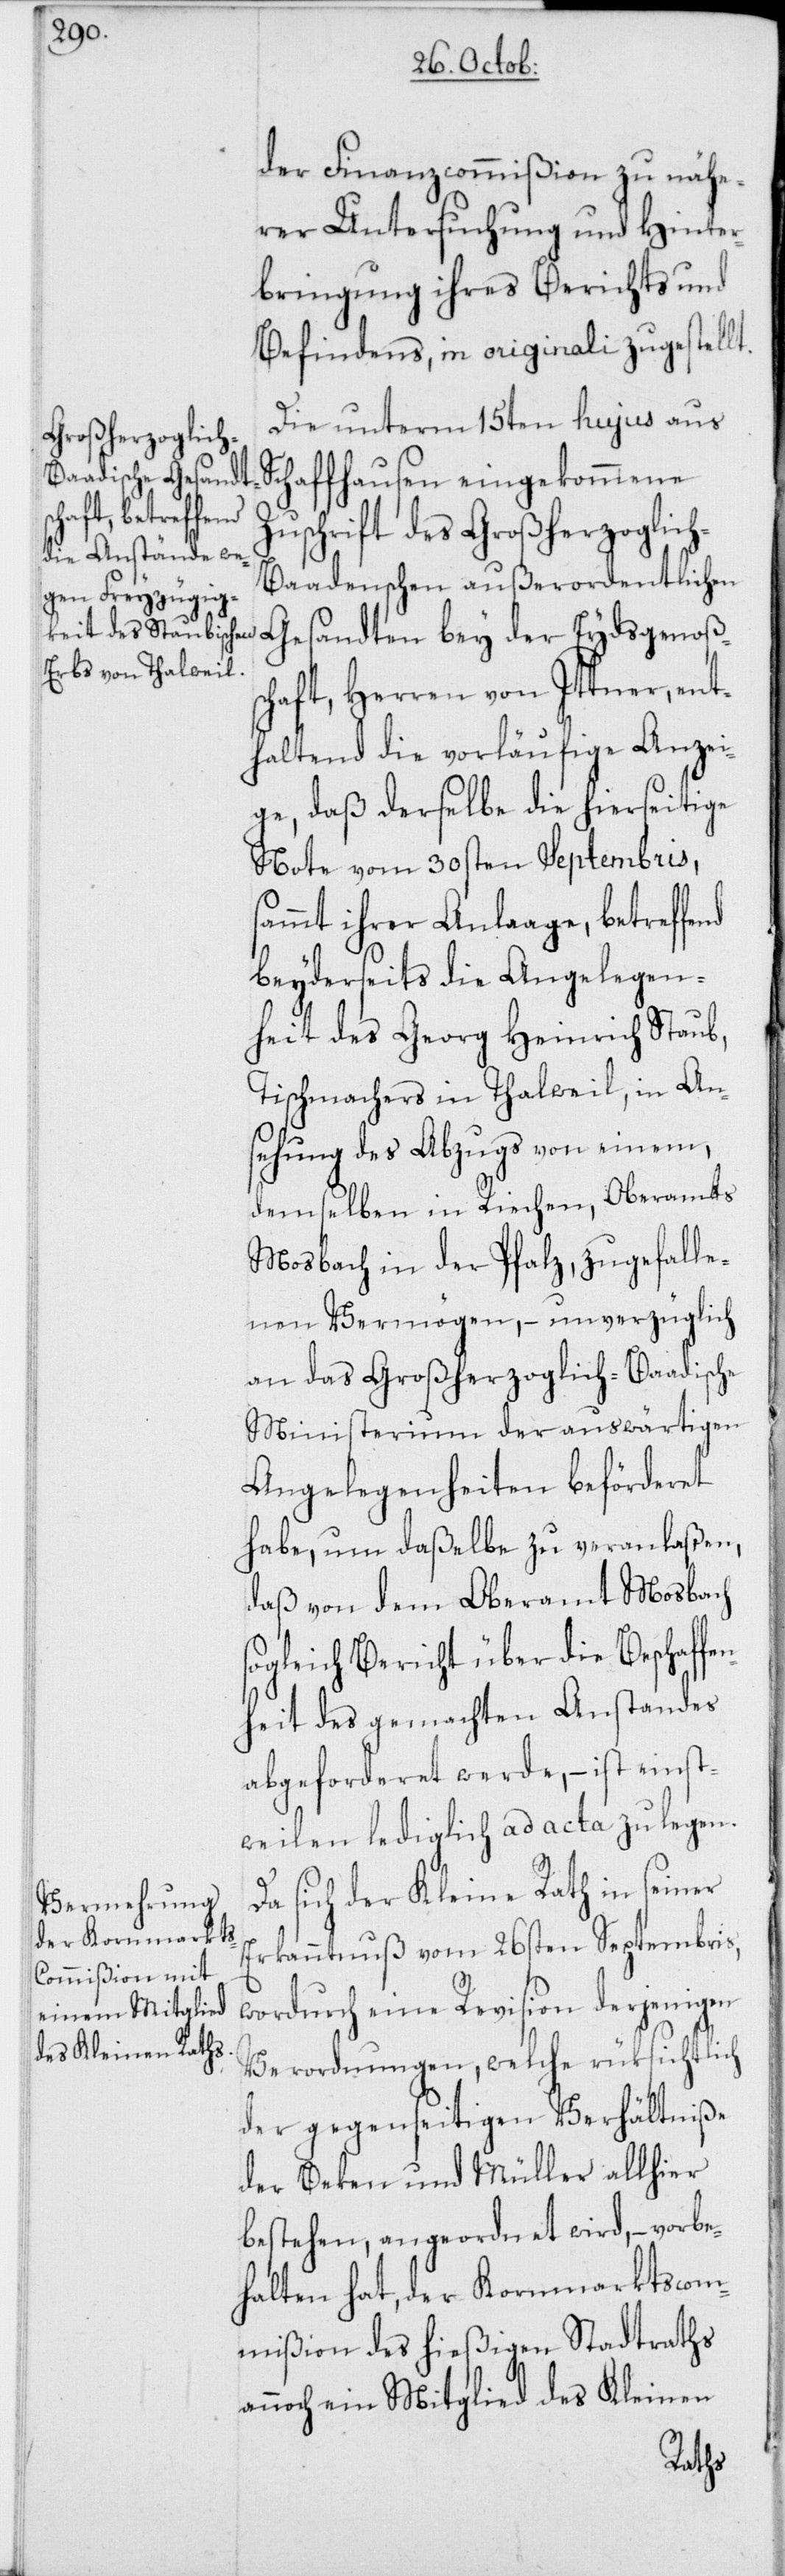
der Finanzcommißion zu nähe¬
rer Untersuchung und Hinter¬
bringung ihres Berichts und
Befindens, in originali zugestellt.
Die unterm 15ten hujus aus
Schaffhausen eingekommene
Zuschrift des Großherzoglic¬
h-Baadenschen außerordentlichen
Gesandten bey der Eydsgenoßs¬
chaft, Herren von Ittner, ent¬
haltend die vorläufige Anzei¬
ge, daß derselbe die hierseitige
Note vom 30sten Septembris,
sammt ihrer Anlaage, betreffend
beyderseits die Angelegen¬
heit des Georg Heinrich Stau¬
b,Tischmachers in Thalweil, in An¬
sehung des Abzugs von einem,
demselben in Riechen, Oberamts
Mosbach in der Pfalz, zugefalle¬
nen Vermögen, – unverzüglich
an das Großherzoglich-Baadische
Ministerium der auswärtigen
Angelegenheiten beförderet
habe, um daßelbe zu veranlaßen,
daß von dem Oberamt Mosbach
sogleich Bericht über die Beschaffe¬
nheit des gemachten Anstandes
abgeforderet werde, – ist einst¬
weilen lediglich ad acta zu legen.
sich der Kleine Rath in seiner
Erkanntnuß vom 26sten Septembris,
wordurch eine Revision derjenigen
Verordnungen, welche rüksichtlich
der gegenseitigen Verhältniße
der Beken und Müller allhier
bestehen, angeordnet wird, – vorbe¬
halten hat, der Kornmarktscom¬
mißion des hießigen Stadtraths
annoch ein Mitglied des Kleinen